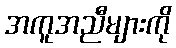
အကူအညီများကို